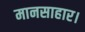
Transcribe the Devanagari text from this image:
मानसाहार।